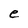
Character: e